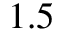
1 . 5